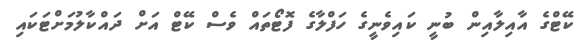
ކޭޓްގެ އާއިލާއިން ބުނީ ކައިވެނީގެ ހަފްލާގެ ފޮޓޯތައް ވެސް ކޭޓް އަށް ދައްކާލުމަށްޓަކައި